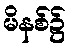
မိနစ်၌